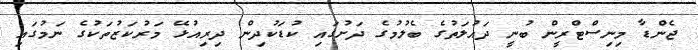
ޖެންޑާ މިނިސްޓްރީން ބުނީ ދައުލަތުގެ ބެލުމުގެ ދަށުގައި ކުޑަކުދިން ދިރިއުޅޭ މަރުކަޒުތަކުގެ ނަމުގައި